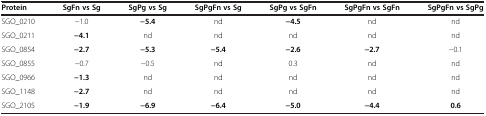
<table><thead><tr><td><b>Protein</b></td><td><b>SgFn vs Sg</b></td><td><b>SgPg vs Sg</b></td><td><b>SgPgFn vs Sg</b></td><td><b>SgPg vs SgFn</b></td><td><b>SgPgFn vs SgFn</b></td><td><b>SgPgFn vs SgPg</b></td></tr></thead><tbody><tr><td>SGO_0210</td><td>−1.0</td><td><b>−5.4</b></td><td>nd</td><td><b>−4.5</b></td><td>nd</td><td>nd</td></tr><tr><td>SGO_0211</td><td><b>−4.1</b></td><td>nd</td><td>nd</td><td>nd</td><td>nd</td><td>nd</td></tr><tr><td>SGO_0854</td><td><b>−2.7</b></td><td><b>−5.3</b></td><td><b>−5.4</b></td><td><b>−2.6</b></td><td><b>−2.7</b></td><td>−0.1</td></tr><tr><td>SGO_0855</td><td>−0.7</td><td>−0.5</td><td>nd</td><td>0.3</td><td>nd</td><td>nd</td></tr><tr><td>SGO_0966</td><td><b>−1.3</b></td><td>nd</td><td>nd</td><td>nd</td><td>nd</td><td>nd</td></tr><tr><td>SGO_1148</td><td><b>−2.7</b></td><td>nd</td><td>nd</td><td>nd</td><td>nd</td><td>nd</td></tr><tr><td>SGO_2105</td><td><b>−1.9</b></td><td><b>−6.9</b></td><td><b>−6.4</b></td><td><b>−5.0</b></td><td><b>−4.4</b></td><td><b>0.6</b></td></tr></tbody></table>